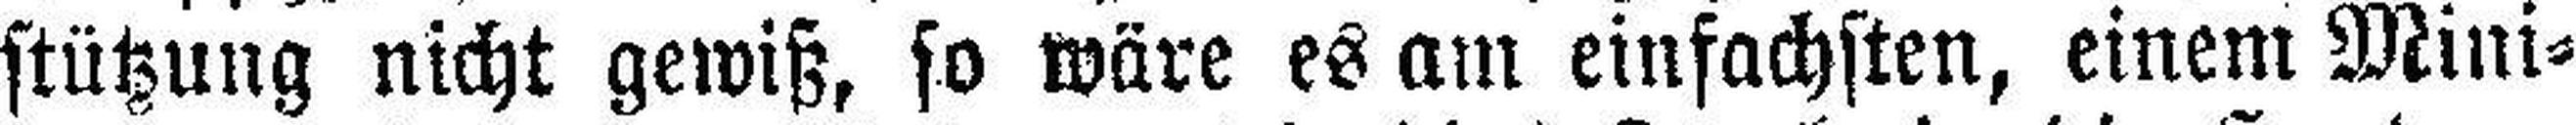
stützung nicht gewiß, so wäre es am einfachsten, einem Mini¬